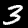
Digit: 3